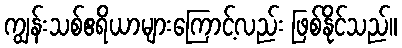
ကျွန်းသစ်ဧရိယာများကြောင့်လည်း ဖြစ်နိုင်သည်။